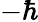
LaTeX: -\hbar